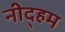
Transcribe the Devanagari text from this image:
नीद्हम